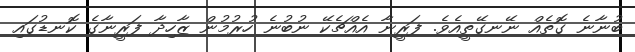
ބުނާނެ ގޮތެއް ނޭނގޭތީއެވެ. ފަރީނާ އެއްޗެކޭ ނުބުނެ ހުރުމުން ޒާހިދާ ފަރީނާގެ ކޮނޑުގައި